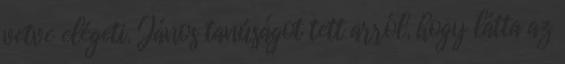
vetve elégeti. János tanúságot tett arról, hogy látta az